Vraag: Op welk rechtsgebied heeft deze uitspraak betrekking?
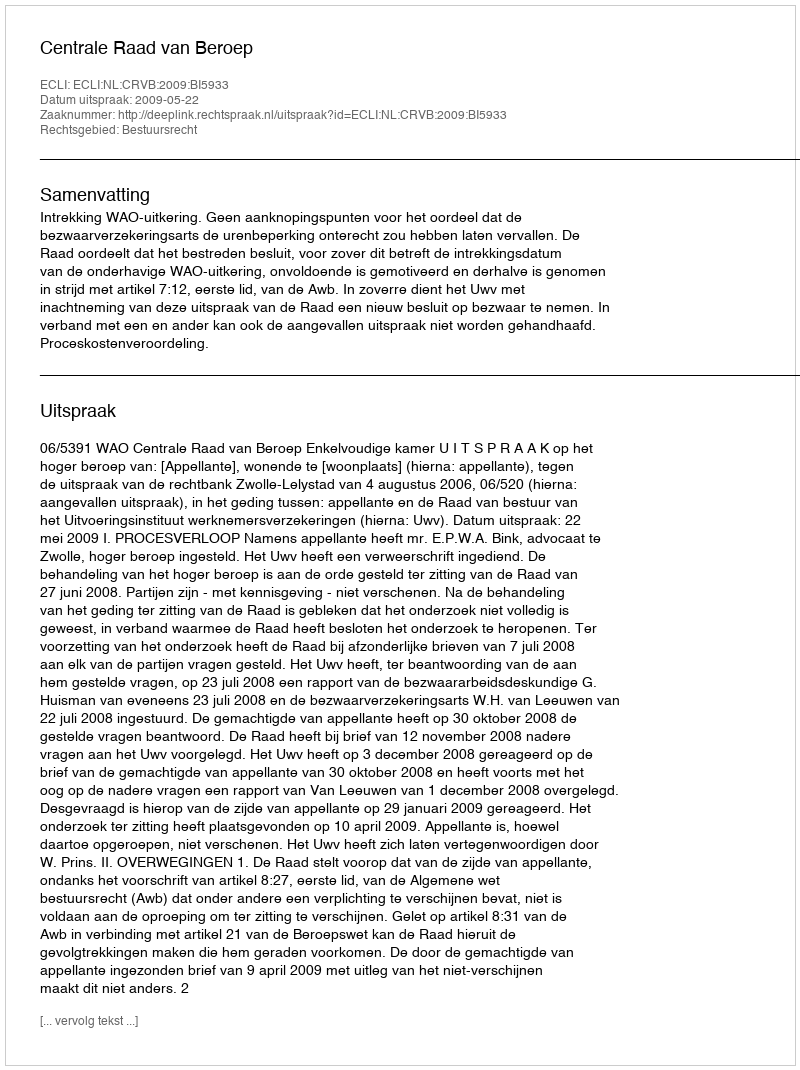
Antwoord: Bestuursrecht